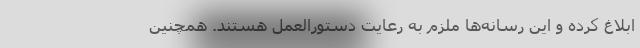
ابلاغ کرده و این رسانه‌ها ملزم به رعایت دستورالعمل هستند. همچنین